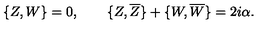
\{ Z , W \} = 0 , \qquad \{ Z , \overline { { Z } } \} + \{ W , \overline { { W } } \} = 2 i \alpha .